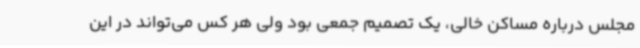
مجلس درباره مساکن خالی، یک تصمیم جمعی بود ولی هر کس می‌تواند در این